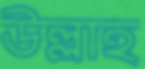
উল্লাহ